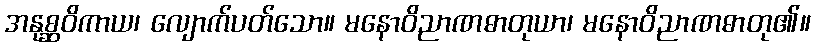
အနုစ္ဆဝိကာယ၊ လျောက်ပတ်သော။ မနောဝိညာဏဓာတုယာ၊ မနောဝိညာဏဓာတု၏။